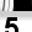
Digit: 5